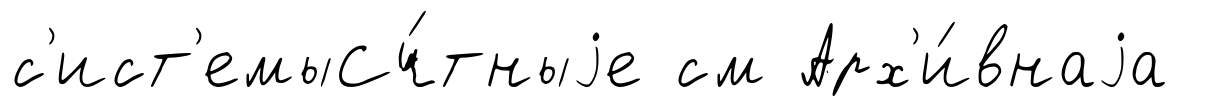
с'ист'емыСч́тныjе см Арх'и́внаjа